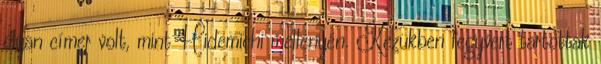
olyan címer volt, mint Hidemichi mellényén. Kezükben fegyvert tartottak